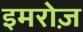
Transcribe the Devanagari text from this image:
इमरोज़